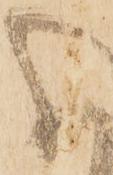
分